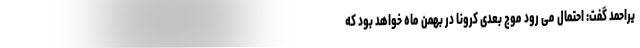
یراحمد گفت: احتمال می رود موج بعدی کرونا در بهمن ماه خواهد بود که